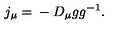
j _ { \mu } = \mathrm { } - D _ { \mu } g g ^ { - 1 } .